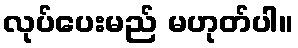
လုပ်ပေးမည် မဟုတ်ပါ။